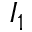
I _ { 1 }